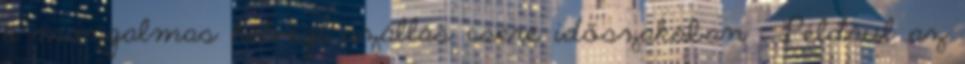
a mozgalmas hétvégi szállás csere időszakában . Például az